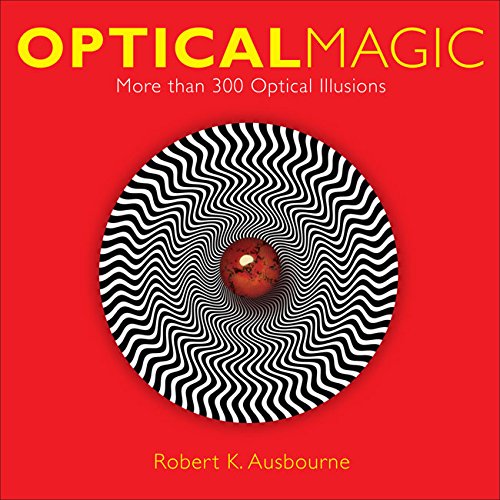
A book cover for Optical Magic: More Than 300 Optical Illusions; Robert K. Ausbourne; Humor & Entertainment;